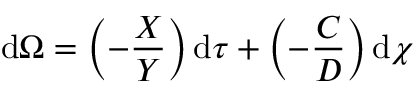
\mathrm { d } \Omega = \left( - \frac { X } { Y } \right) \mathrm { d } { \tau } + \left( - \frac { C } { D } \right) \mathrm { d } { \chi }